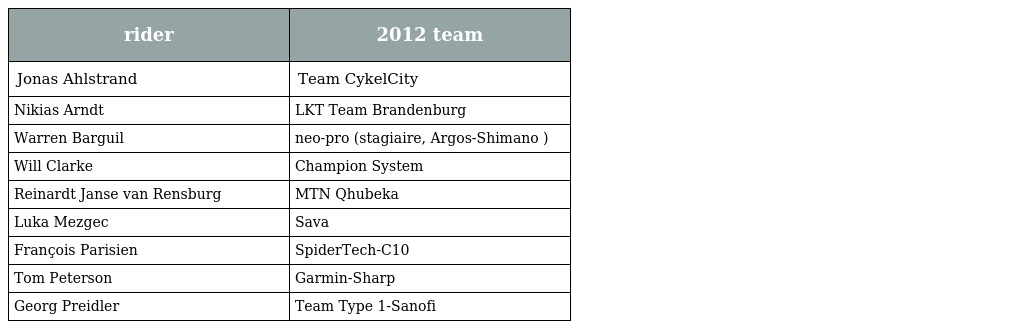
| rider | 2012 team |
 | --- | --- |
 | Jonas Ahlstrand | Team CykelCity |
 | Nikias Arndt | LKT Team Brandenburg |
 | Warren Barguil | neo-pro (stagiaire, Argos-Shimano ) |
 | Will Clarke | Champion System |
 | Reinardt Janse van Rensburg | MTN Qhubeka |
 | Luka Mezgec | Sava |
 | François Parisien | SpiderTech-C10 |
 | Tom Peterson | Garmin-Sharp |
 | Georg Preidler | Team Type 1-Sanofi |